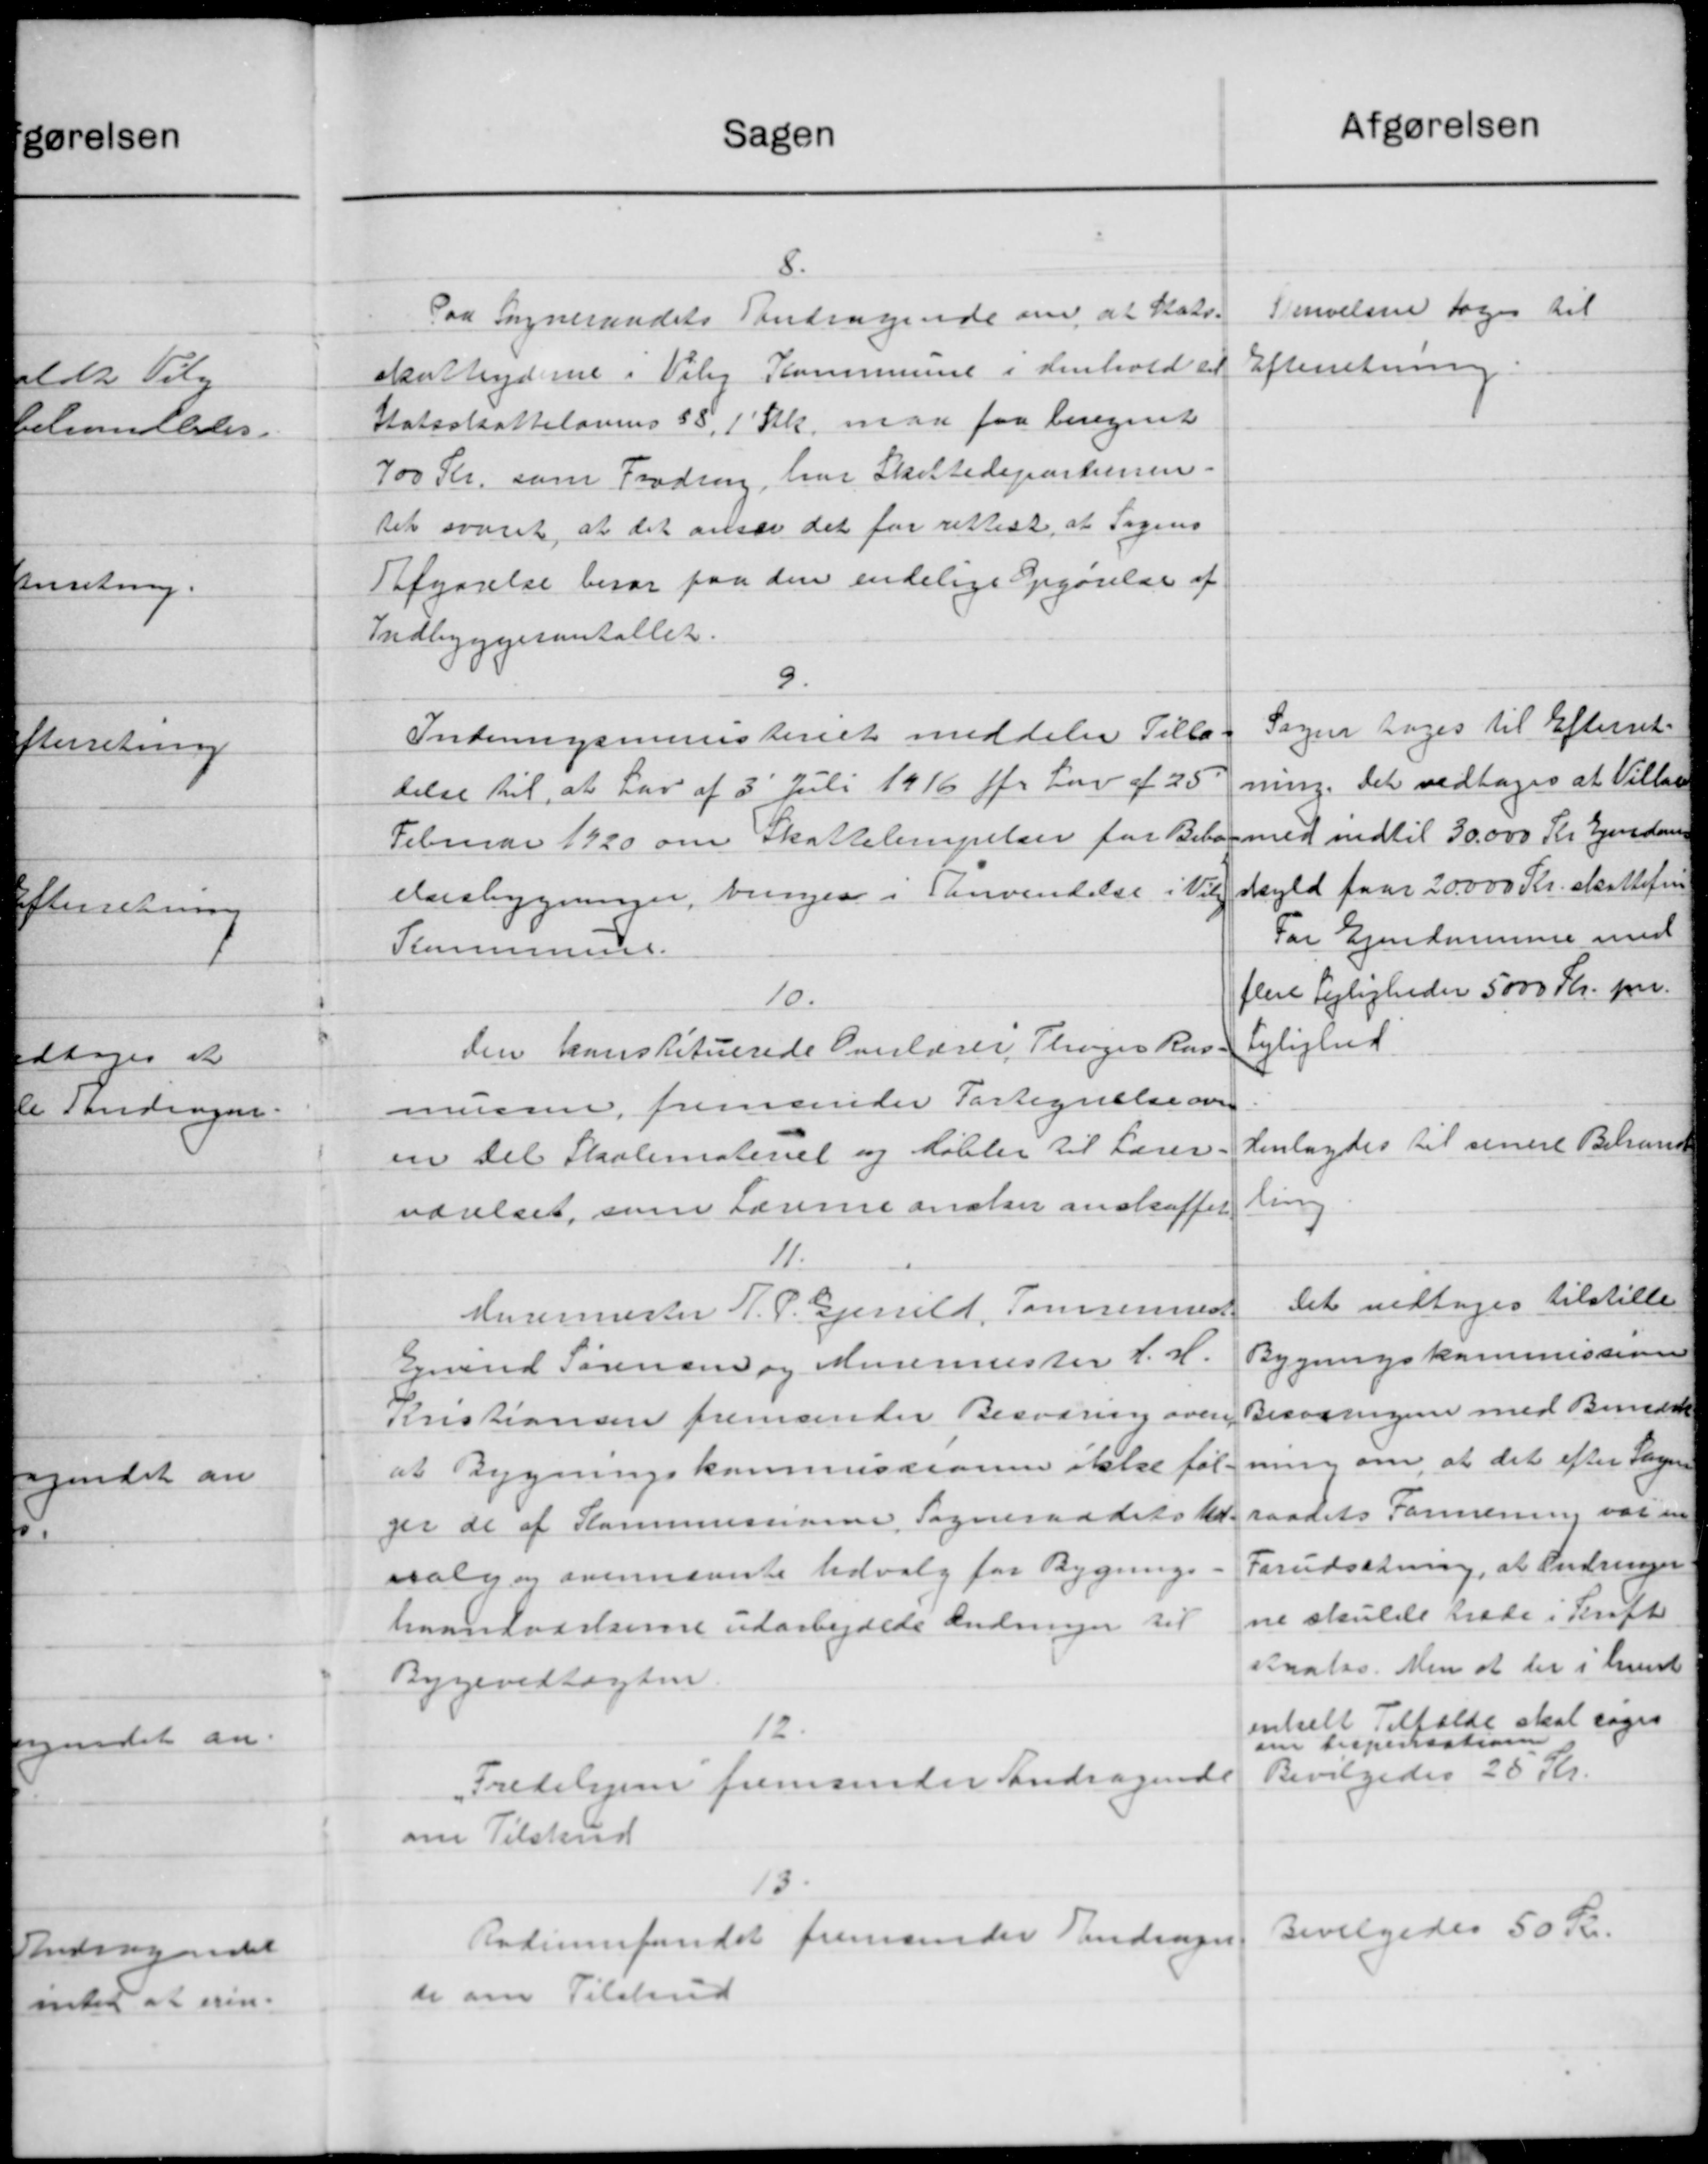
Transskription:
8. 
Paa Sogneraadets andragende om at Stats-
skatteyderne i Viby Kommune i Henhold til
Statsskattelovens § 8, 1' Stk. maa faa beregnet
700 Kr. som Fradrag, har Skattedepartemen-
tet svaret, at det anser det for rettest, at Sagens
Afgørelse beror paa den endelige Opgørelse af 
Indbyggerantallet.
Skrivelsen tages til  
Efterretning 
9.
Indenrigsministeriet meddeler Tilla-
delse til, at Lov af 3´ Juli 1916 jfr. Lov af 25´
Februar 1920 om Skattelempelser for Bebo-
elsesbygninger, bringes i Henvendelse i Viby
Kommune.
Sagen tages til Efterret-
ning. Det vedtages at Villaer  
med indtil 30.000 Kr Ejendoms- 
skyld faar 20.000 Kr. skattefri
 For Ejendomme med
 flere Lejligheder 5000 Kr. pr. 
 Lejlighed
10.
Den konstituerede Overlærer Thøger Ras-
mussen, fremsender Fortegnelse over 
en Del Skolemateriel og Møbler til Lærer
værelset, som Lærerne anslaar anskaffet.
 Henlagdes til senere Behand-
ling 
11.
Murermester N. P. Gjerrild, Tømrermest.
Ejvind Sørensen og Murermester H. H.
Kristiansen fremsender Besværing over 
at Bygningskommissionen ikke føl-
ger de af Kommissionen Sogneraadets Ud-
valg og ovennævnte Udvalg for Bygnings-
haandværkerne udarbejdede Ændringer til 
Bygevedtægten.
Det vedtages tilstille
 Bygningskommissionen
Besvaringen med Bemærk-
 ning om, at det efter Sogne-
 raadets Formening var en
 Forudsætning, at Ændringer-
 ne skulle træde i Kraft
 straks. Men at der i hvert
 enkelt Tilfælde skal søges
 om dispensation
12.
"Fredehjem" fremsender Andragende 
om Tilskud
 Bevilgedes 25 Kr.
13.
Radiumfondet fremsender Andragen-
de om Tilskud
 Bevilgedes 50 Kr.